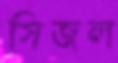
সিজল